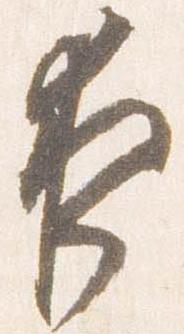
夜